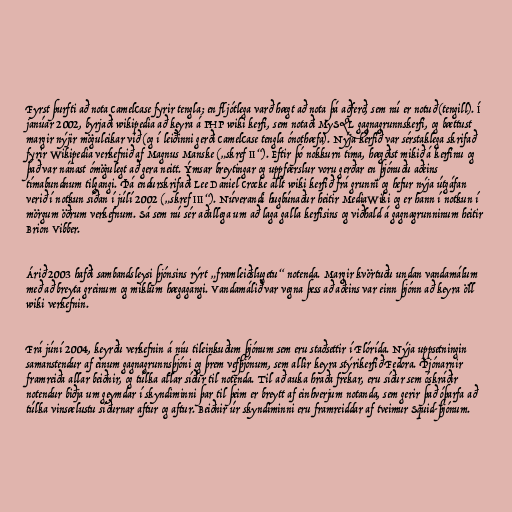
Fyrst þurfti að nota CamelCase fyrir tengla; en fljótlega varð hægt að nota þá aðferð, sem nú er notuð (tengill). Í
janúar 2002, byrjaði wikipedia að keyra á PHP wiki kerfi, sem notaði MySQL gagnagrunnskerfi, og bættust
margir nýjir möguleikar við (og í leiðinni gerði CamelCase tengla ónothæfa). Nýja kerfið var sérstaklega skrifað
fyrir Wikipedia verkefnið af Magnus Manske („skref II“). Eftir þó nokkurn tíma, hægðist mikið á kerfinu og
það var nánast ómögulegt að gera neitt. Ýmsar breytingar og uppfærslur voru gerðar en þjónuðu aðeins
tímabundnum tilgangi. Þá endurskrifaði Lee Daniel Crocke allt wiki kerfið frá grunni og hefur nýja útgáfan
verið í notkun síðan í júlí 2002 („skref III“). Núverandi hugbúnaður heitir MediaWiki og er hann í notkun í
mörgum öðrum verkefnum. Sá sem nú sér aðallega um að laga galla kerfisins og viðhald á gagnagrunninum heitir
Brion Vibber.

Árið 2003 hafði sambandsleysi þjónsins rýrt „framleiðslugetu“ notenda. Margir kvörtuðu undan vandamálum
með að breyta greinum og miklum hægagangi. Vandamálið var vegna þess að aðeins var einn þjónn að keyra öll
wiki verkefnin.

Frá júní 2004, keyrðu verkefnin á níu tileinkuðum þjónum sem eru staðsettir í Flórída. Nýja uppsetningin
samanstendur af einum gagnagrunnsþjóni og þrem vefþjónum, sem allir keyra stýrikerfið Fedora. Þjónarnir
framreiða allar beiðnir, og túlka allar síður til notenda. Til að auka hraða frekar, eru síður sem óskráðir
notendur biðja um geymdar í skyndiminni þar til þeim er breytt af einhverjum notanda, sem gerir það óþarfa að
túlka vinsælustu síðurnar aftur og aftur. Beiðnir úr skyndiminni eru framreiddar af tveimur Squid-þjónum.